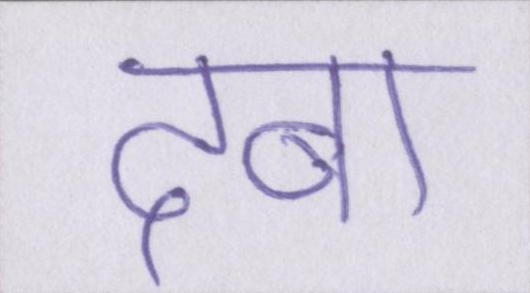
दबा